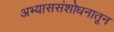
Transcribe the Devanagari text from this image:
अभ्याससंशोधनातून